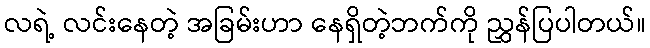
လရဲ့ လင်းနေတဲ့ အခြမ်းဟာ နေရှိတဲ့ဘက်ကို ညွှန်ပြပါတယ်။